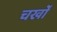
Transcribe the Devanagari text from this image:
चर्खों